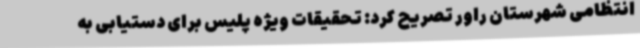
انتظامی شهرستان راور تصریح کرد: تحقیقات ویژه پلیس برای دستیابی به